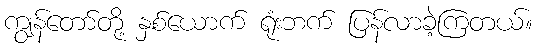
ကျွန်တော်တို့ နှစ်ယောက် ရုံးဘက် ပြန်လာခဲ့ကြတယ်။